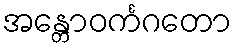
အန္တောဝင်္ကဂတော